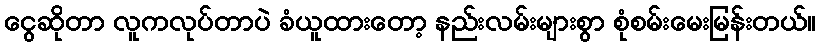
ငွေဆိုတာ လူကလုပ်တာပဲ ခံယူထားတော့ နည်းလမ်းများစွာ စုံစမ်းမေးမြန်းတယ်။